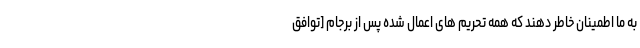
به ما اطمینان خاطر دهند که همه تحریم های اعمال شده پس از برجام [توافق